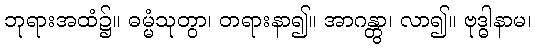
ဘုရားအထံ၌။ ဓမ္မံသုတွာ၊ တရားနာ၍။ အာဂန္တွာ၊ လာ၍။ ဗုဒ္ဓါနာမ၊